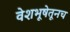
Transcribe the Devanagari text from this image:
वेशभूषेतूनच